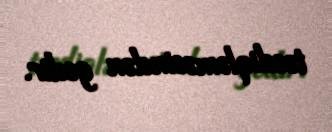
təsdiqləməsindən gedir.